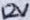
Text: 12V